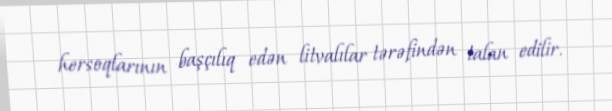
hersoqlarının başçılıq edən litvalılar tərəfindən talan edilir.